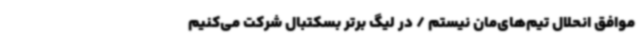
موافق انحلال تیم‌های‌مان نیستم / در لیگ برتر بسکتبال شرکت می‌کنیم